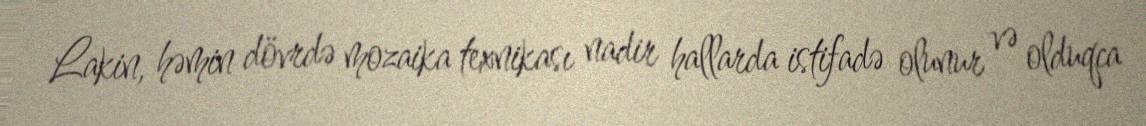
Lakin, həmin dövrdə mozaika texnikası nadir hallarda istifadə olunur və olduqca